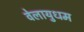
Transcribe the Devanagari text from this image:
वेलायुधम